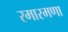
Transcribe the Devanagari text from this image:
रमारमणा